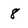
Character: 8